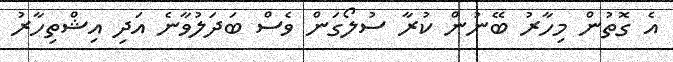
އެ ގޮތުން މިހާރު ބޭނުން ކުރާ ސުލޯގަން ވެސް ބަދަލުވާނެ އަދި އިޝްތިހާރު